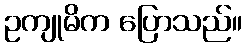
ဥကျုမိက ပြောသည်။